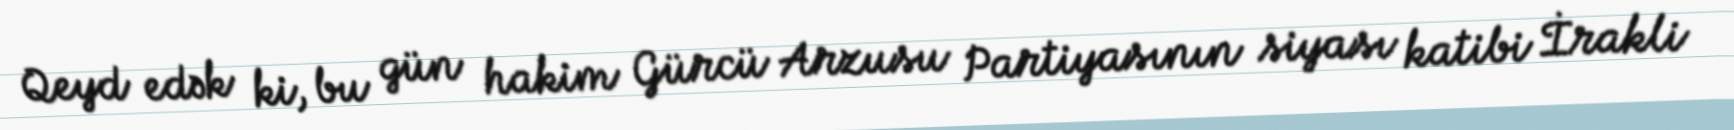
Qeyd edək ki, bu gün hakim Gürcü Arzusu Partiyasının siyası katibi İrakli